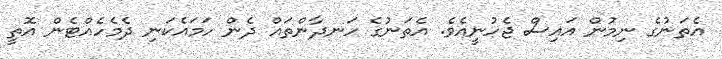
އެތަނުގެ ނިމުން އައިސް ޖެހުނީއެވެ. އެތަނުގެ ހަނދާންތައް ދެން ހަމައެކަނި ދެމެހެއްޓެން އޮތީ